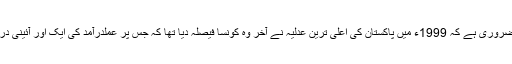
یہاں عوام کیلئے جاننا ضروری ہے کہ 1999ء میں پاکستان کی اعلیٰ ترین عدلیہ نے آخر وہ کونسا فیصلہ دیا تھا کہ جس پر عملدرآمد کی ایک اور آئینی درخواست دائر کرنا پڑی۔